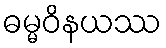
ဓမ္မဝိနယဿ